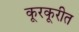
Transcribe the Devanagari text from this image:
कूरकूरीत